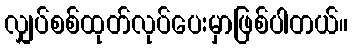
လျှပ်စစ်ထုတ်လုပ်ပေးမှာဖြစ်ပါတယ်။